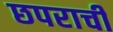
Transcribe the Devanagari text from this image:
छपराची